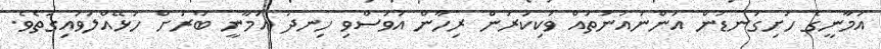
އަމާނީގެ ހަށިގަނޑުން އަންނައުނުތައް ވަކިކުރަން ރިހާން އަވަސްވި ހިނދު އަމާނީ ބާރަށް ހަޅޭއްލަވައިގަތެވެ.